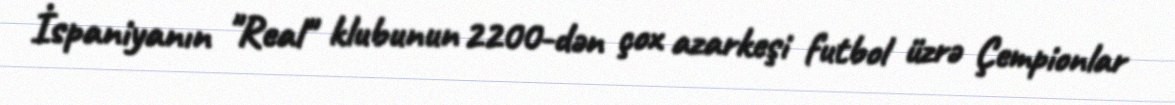
İspaniyanın "Real" klubunun 2200-dən çox azarkeşi futbol üzrə Çempionlar